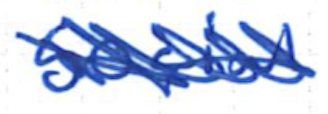
Text: social
Cross-out: mix
Writing tool: ballpoint